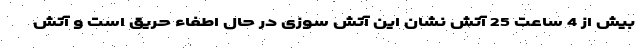
بیش از 4 ساعت 25 آتش نشان این آتش سوزی در حال اطفاء حریق است و آتش